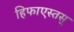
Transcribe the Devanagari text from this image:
हिफाएस्तस्‌